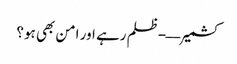
کشمیر—-ظلم رہے اور امن بھی ہو؟